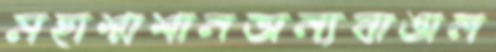
মহাশ্মশানঅন্যবাঙাল